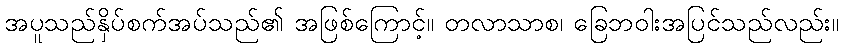
အပူသည်နှိပ်စက်အပ်သည်၏ အဖြစ်ကြောင့်။ တလာသာစ၊ ခြေဘဝါးအပြင်သည်လည်း။